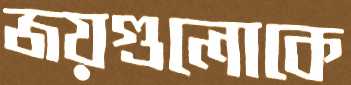
জয়গুলোকে